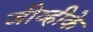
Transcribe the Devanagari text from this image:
जीव्हीके